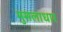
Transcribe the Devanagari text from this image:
मुसलाधार